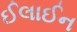
ઈલાઈન